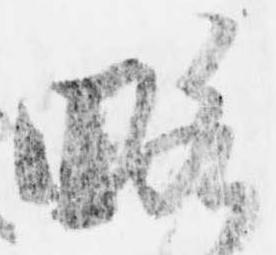
略